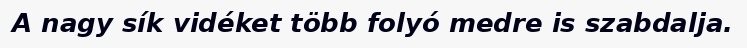
A nagy sík vidéket több folyó medre is szabdalja.